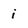
Character: i